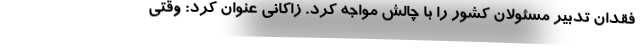
فقدان تدبیر مسئولان کشور را با چالش مواجه کرد. زاکانی عنوان کرد: وقتی